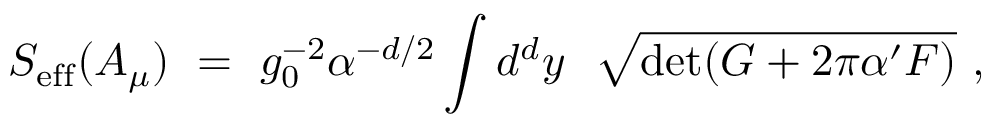
S _ { \mathrm { e f f } } ( A _ { \mu } ) \ = \ g _ { 0 } ^ { - 2 } \alpha ^ { - d / 2 } \int d ^ { d } y \ \ { \sqrt { \operatorname * { d e t } ( G + 2 \pi \alpha ^ { \prime } F ) } } \ ,